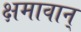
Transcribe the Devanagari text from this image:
क्षमावान्